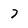
Character: 7